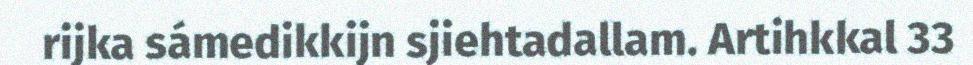
rijka sámedikkijn sjiehtadallam. Artihkkal 33